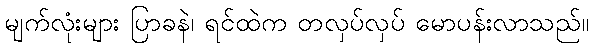
မျက်လုံးများ ပြာခနဲ၊ ရင်ထဲက တလှပ်လှပ် မောပန်းလာသည်။